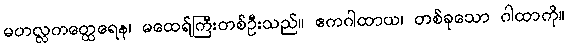
မဟလ္လကတ္ထေရေန၊ မထေရ်ကြီးတစ်ဦးသည်။ ဧကဂါထာယ၊ တစ်ခုသော ဂါထာကို။